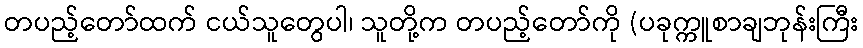
တပည့်တော်ထက် ငယ်သူတွေပါ၊ သူတို့က တပည့်တော်ကို (ပခုက္ကူစာချဘုန်းကြီး